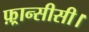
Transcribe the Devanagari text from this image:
फ़्रान्सीसी।